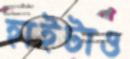
হাইটাও